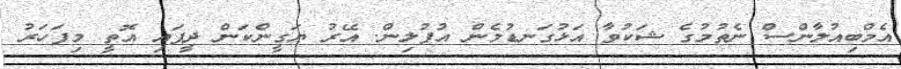
އެމްބިއުލާންސް ނެތުމުގެ ޝަކުވާ އަޅުގަނޑުމެން އުފުލިން. އޭރު ޔަގީންކަން ދީފައި އޮތީ މިފަހަރު